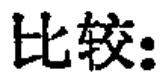
比较: